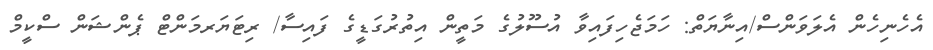
އެހެނިހެން އެލަވަންސް/އިނާޔަތް: ހަމަޖެހިފައިވާ އުސޫލުގެ މަތީން އިތުރުގަޑީގެ ފައިސާ/ ރިޓަޔަރމަންޓް ޕެންޝަން ސްކީމް